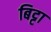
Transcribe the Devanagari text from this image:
बिट्टा